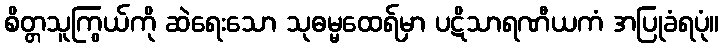
စိတ္တသူကြွယ်ကို ဆဲရေးသော သုဓမ္မထေရ်မှာ ပဋိသာရဏီယကံ အပြုခံရပုံ။